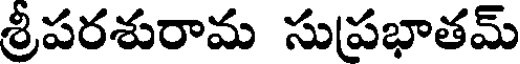
శ్రీపరశురామ సుపభాతమ్